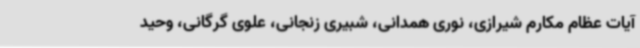
آیات عظام مکارم شیرازی، نوری همدانی، شبیری زنجانی، علوی گرگانی، وحید